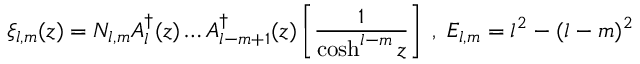
\xi _ { l , m } ( z ) = N _ { l , m } A _ { l } ^ { \dagger } ( z ) \dots A _ { l - m + 1 } ^ { \dagger } ( z ) \left[ \frac { 1 } { \cosh ^ { l - m } z } \right] \; , \; E _ { l , m } = l ^ { 2 } - ( l - m ) ^ { 2 }